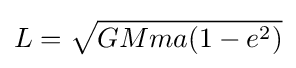
L={\sqrt {GMma(1-e^{2})}}